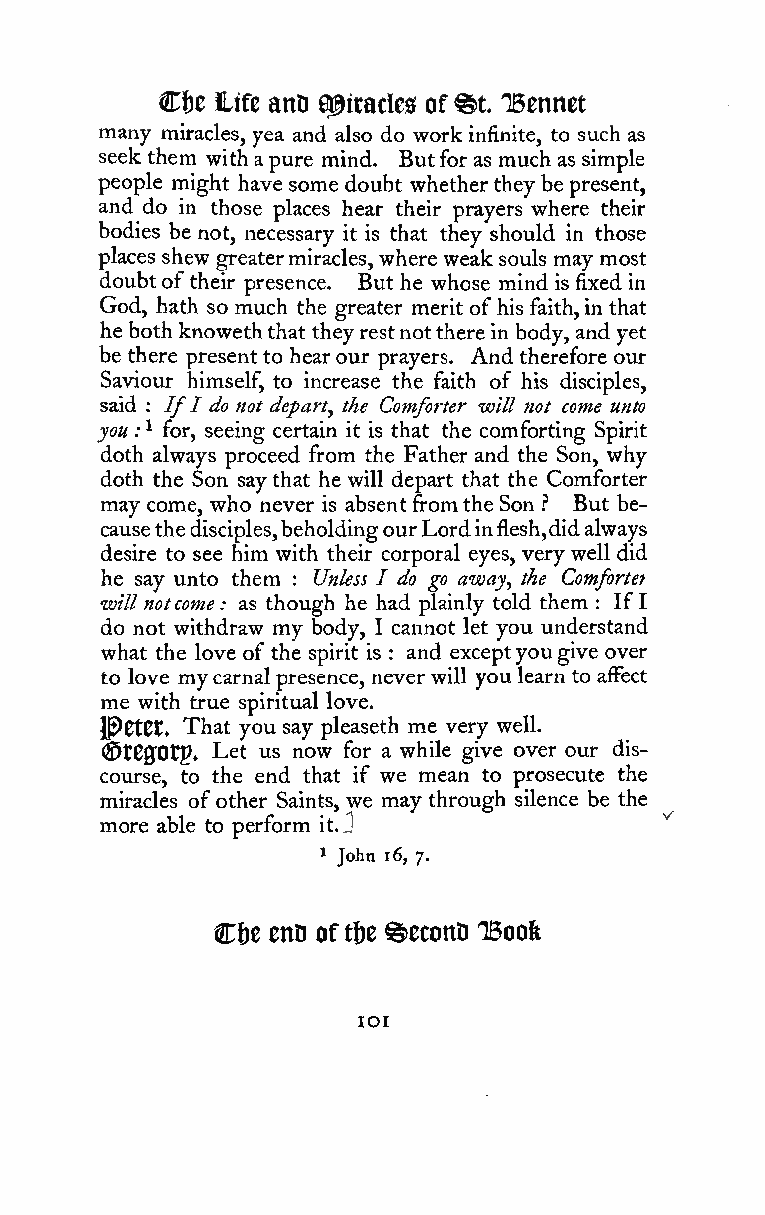
Ci)c life anD a^iracles of ®t. TBennet
 many miracles, yea and also do work infinite, to such as
 seek them with apure mind. Butfor as much as simple
 people might have some doubt whetherthey be present,
 and do in those places hear their prayers where their
 bodies be not, necessary it is that they should in those
 places shew greatermiracles, where weak souls may most
 doubtof their presence. But he whose mind is fixed in
 God, hath so much the greater merit ofhis faith,in that
 he both knoweththat theyrestnotthere in body, andyet
 be there present to hearour prayers. And therefore our
 Saviour himself, to increase the faith of his disciples,
 said \ IfI do not depart^ the Comforter will not come unto
 you :^ for, seeing certain it is that the comforting Spirit
 doth always proceed from the Father and the Son, why
 doth the Son saythat he will depart that the Comforter
 may come, who never is absentfromthe Son .'' But be-
 causethedisciples,beholdingourLordinflesh,didalways
 desire to see him with their corporal eyes, very well did
 he say unto them Unless I do go away, the Comfortet
 :
 will notcome : as though he had plainly told them : If I
 do not withdraw my body, I cannot let you understand
 what the love of the spirit is : and exceptyougive over
 to love my carnalpresence, never will you learn to affect
 me with true spiritual love.
 Jp)Ct0t. That you say pleaseth me very well.
 (^tCffOtp. Let us now for a while give over our dis-
 course, to the end that if we mean to prosecute the
 miracles ofother Saints, we may through silence be the
 more able to perform it.J
 ^ John 16, 7.
 Ct)e enD oft6e %econD TBoolt
 lOI